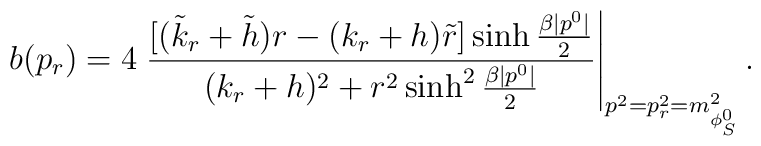
b(p_r)=4\left.\frac{[(\tilde{k}_r+\tilde{h})r-(k_r+h)\tilde{r}]\sinh\frac{\beta|p^0|}{2}}        {(k_r+h)^2+r^2\sinh^2\frac{\beta|p^0|}{2}}\right|_{p^2=p^2_r=m^2_{\phi_S^0}}.